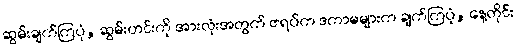
ဆွမ်းချက်ကြပုံ, ဆွမ်းဟင်းကို အားလုံးအတွက် ဇရပ်က ဒကာမများက ချက်ကြပုံ, နေ့တိုင်း